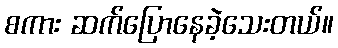
စကား ဆက်ပြောနေခဲ့သေးတယ်။